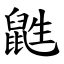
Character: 鼪